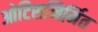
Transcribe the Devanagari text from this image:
ओटिसनिर्मित